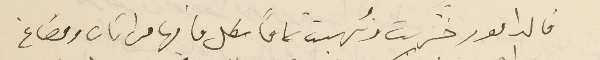
فالدامور خرّبت ونُهبت تماماً بكل ما فيها من اثاث ومصاغ